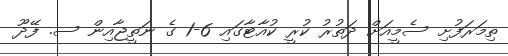
ތިމަރަފުށި ސެމީއަށް ދަތުރު ކުރީ ކުއާޓާގައި 6-1 ގެ ނަތީޖާއިން ސ. ފޭދޫ